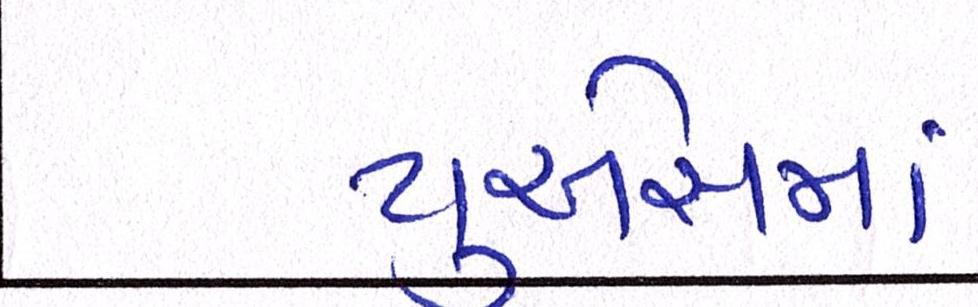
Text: યુએસમાં